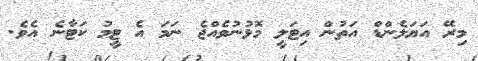
މިރޭ އަޔަލެންޑް އަތުން އިޓަލީ މޮޅުނުވެއްޖެ ނަމަ އެ ޓީމު ކަޓާނެ އެވެ.